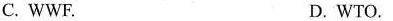
C. WWE. D. WTO.